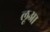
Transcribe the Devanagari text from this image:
लूआ